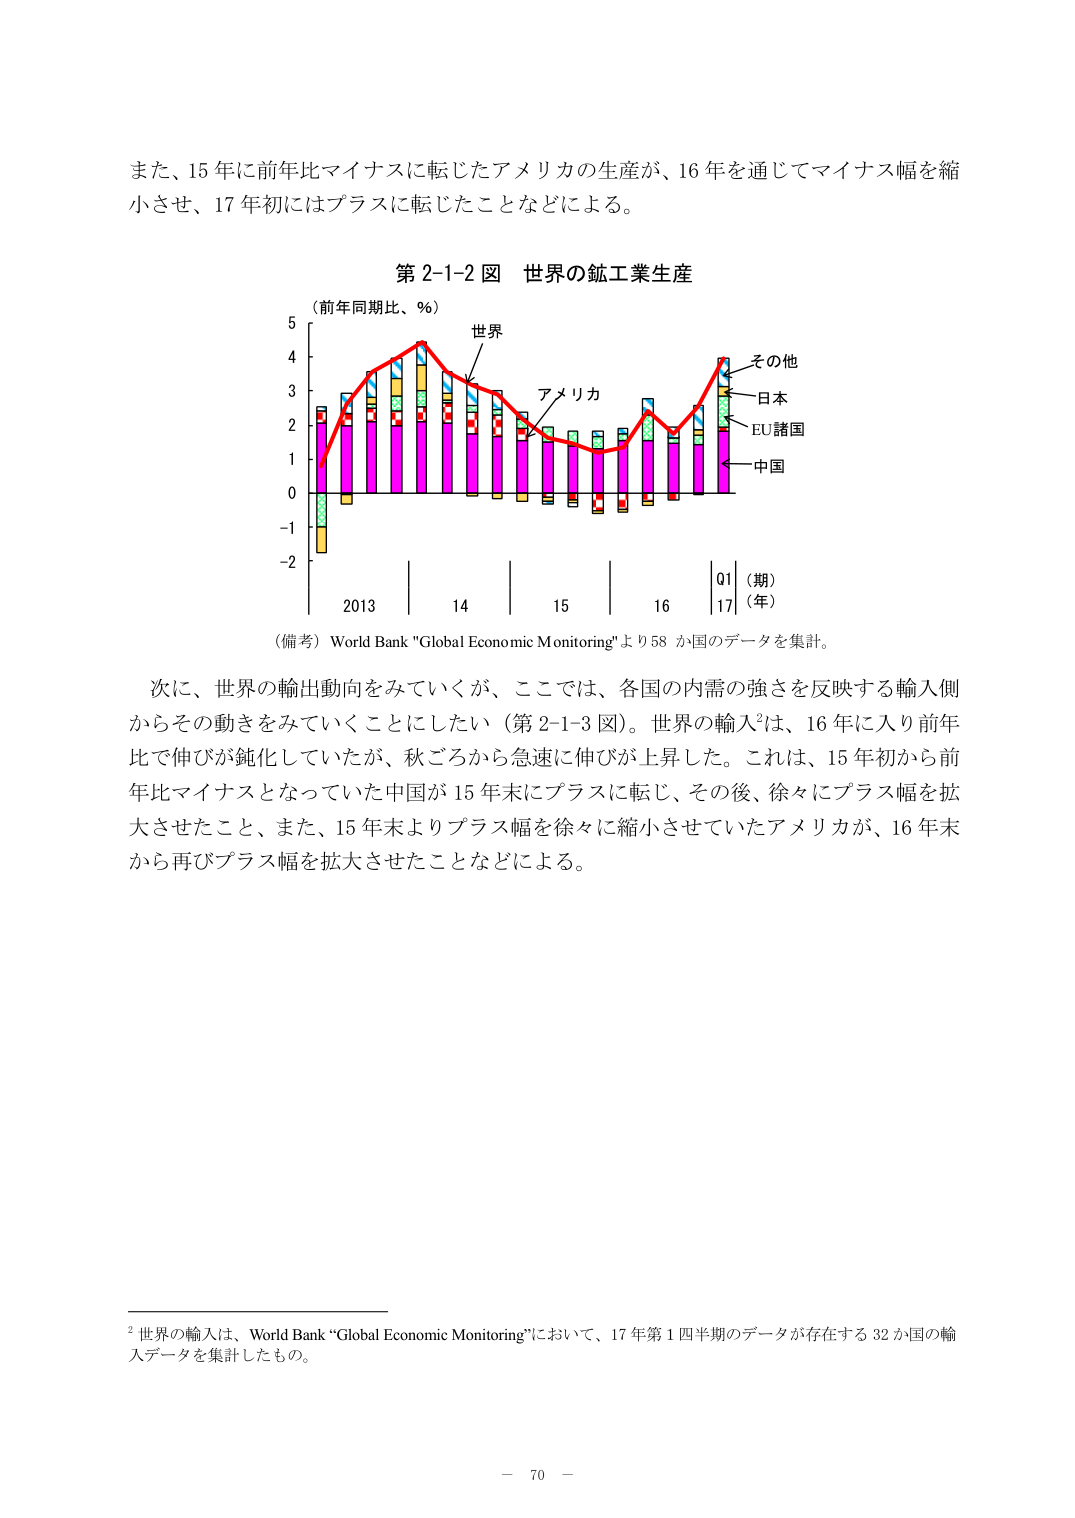
また、15年に前年比マイナスに転じたアメリカの生産が、16年を通じてマイナス幅を縮小させ、17年初にはプラスに転じたことなどによる。

第2-1-2図 世界の鉱工業生産
（前年同期比、％）
世界
アメリカ
その他
日本
EU諸国
中国
Q1（期）
（年）
2013 14 15 16 17
（備考）World Bank "Global Economic Monitoring"より58か国のデータを集計。

次に、世界の輸出動向をみていくが、ここでは、各国の内需の強さを反映する輸入側からその動きをみていくことにしたい（第2-1-3図）。世界の輸入²は、16年に入り前年比で伸びが鈍化していたが、秋ごろから急速に伸びが上昇した。これは、15年初から前年比マイナスとなっていた中国が15年末にプラスに転じ、その後、徐々にプラス幅を拡大させたこと、また、15年末よりプラス幅を徐々に縮小させていたアメリカが、16年末から再びプラス幅を拡大させたことなどによる。

²世界の輸入は、World Bank "Global Economic Monitoring"において、17年第1四半期のデータが存在する32か国の輸入データを集計したもの。

－ 70 －